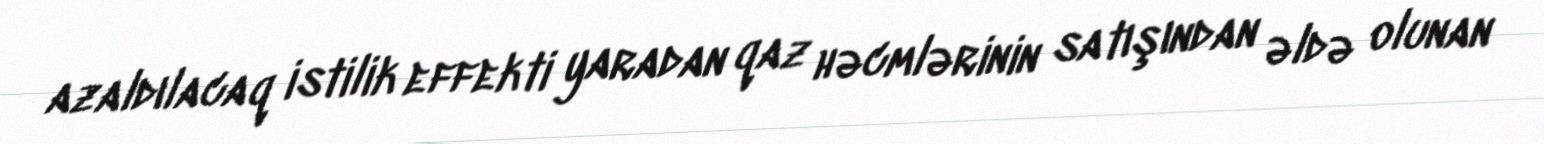
azaldılacaq istilik effekti yaradan qaz həcmlərinin satışından əldə olunan